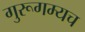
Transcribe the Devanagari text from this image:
गुरूगम्यच